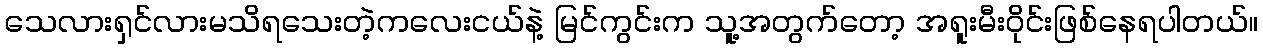
သေလားရှင်လားမသိရသေးတဲ့ကလေးငယ်နဲ့ မြင်ကွင်းက သူ့အတွက်တော့ အရူးမီးဝိုင်းဖြစ်နေရပါတယ်။